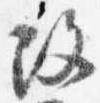
改